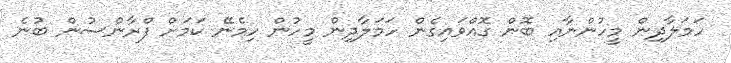
ހަމަލާދިން މީހުންނާއި ބޮން ގޮއްވައިގެން ހަަމަލާދިން މީހުން ހިމެނޭ ކަމަށް ފްރާންސުން ބުނެ